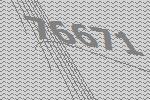
76671